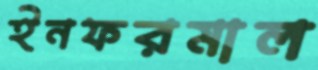
ইনফরমাল